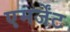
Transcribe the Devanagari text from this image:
एमर्जेंट